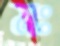
মঃ